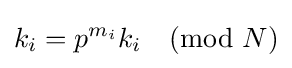
k_{i}=p^{m_{i}}k_{i}{\pmod {N}}